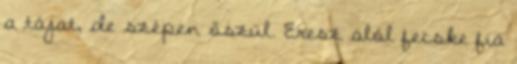
a tájat, de szépen őszül. Eresz alól fecske fia